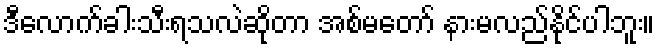
ဒီလောက်ခါးသီးရသလဲဆိုတာ အစ်မတော် နားမလည်နိုင်ပါဘူး။